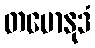
တမောနုဒံ